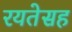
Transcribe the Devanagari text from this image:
रयतेसह